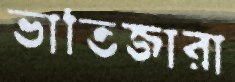
ভাতিজারা